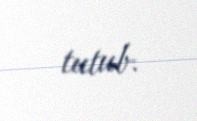
tutub.